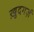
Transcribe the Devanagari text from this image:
ख़ुदगर्ज़